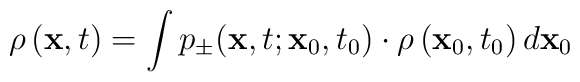
\rho \left( {\bf x},t\right) =\int p_{\pm }({\bf x},t;{\bf x}_0,t_0)\cdot\rho \left( {\bf x}_0,t_0\right) d{\bf x}_0